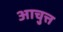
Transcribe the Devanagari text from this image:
आचुत्त